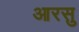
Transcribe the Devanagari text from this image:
आरसु